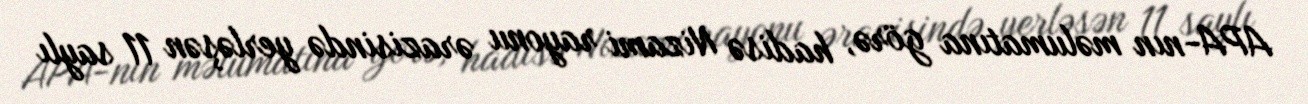
APA-nın məlumatına görə, hadisə Nizami rayonu ərazisində yerləşən 11 saylı